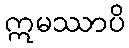
ဣမဿာပိ